Vaccination in Bombay 1874-1876 - 1874-1876
Year: 1874
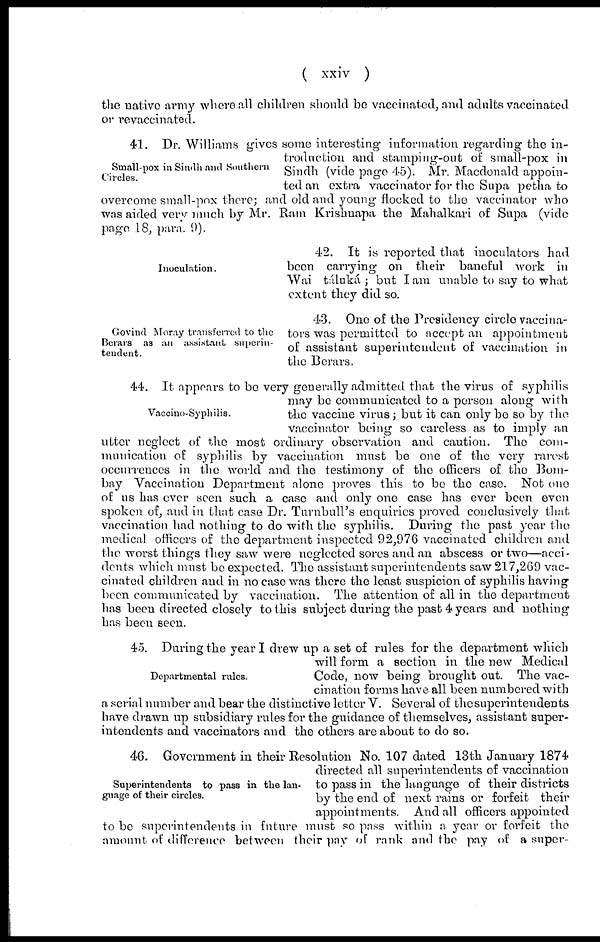
( xxiv )
the native army where all children should be vaccinated, and adults vaccinated
or revaceinated.
Small-pox in Sindh and Southern
Circles.
41. Dr. Williams gives some interesting information regarding the in-
troduction and stamping-out of small-pox in
Sindh (vide page 4-5). Mr. Macdonald appoin-
ted an extra vaccinator for the Supa petha to
overcome small-pox there; and old and young flocked to the vaccinator who
was aided very much by Mr. Ram Krishnapa the Mahalkari of Supa (vide
page 18, para. 9).
Inoculation.
42. It is reported that inoculators had
been carrying on their baneful work in
Wai táluká ; but I am unable to say to what
extent they did so.
43. One of the Presidency circle vaccina-
tors was permitted to accept an appointment
of assistant superintendent of vaccination in
the Berars.
Govind Moray transferred to the
Berars as an assistant superin-
tendent.
Vaccino-Syphilis.
44. It appears to be very generally admitted that the virus of syphilis
may be communicated to a person along with
the vaccine virus; but it can only be so by the
vaccinator being so careless as to imply an
utter neglect of the most ordinary observation and caution. The com-
munication of syphilis by vaccination must be one of the very rarest
occurrences in the world and the testimony of the officers of the Bom-
bay Vaccination Department alone proves this to be the case. Not one
of us has ever seen such a case and only one case has ever been even
spoken of, and in that case Dr. Turnbull's enquiries proved conclusively that
vaccination had nothing to do with the syphilis. During the past year the
medical officers of the department inspected 92,976 vaccinated children and
the worst things they saw were neglected sores and an abscess or two—acci-
dents which must be expected. The assistant superintendents saw 217,269 vac-
cinated children and in no case was there the least suspicion of syphilis having
been communicated by vaccination. The attention of all in the department
has been directed closely to this subject during the past 4 years and nothing
has been seen.
Departmental rules.
45. During the year I drew up a set of rules for the department which
will form a section in the new Medical
Code, now being brought out. The vac-
cination forms have all been numbered with
a serial number and bear the distinctive letter V. Several of the superintendents
have drawn up subsidiary rules for the guidance of themselves, assistant super-
intendents and vaccinators and the others are about to do so.
Superintendents to pass in the lan-
guage of their circles.
46. Government in their Resolution No. 107 dated 13th January 1874
directed all superintendents of vaccination
to pass in the language of their districts
by the end of next rains or forfeit their
appointments. And all officers appointed
to be superintendents in future must so pass within a year or forfeit the
amount of difference between their pay of rank and the pay of a super-